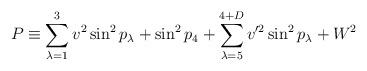
LaTeX: \begin{align*}P\equiv \sum_{\lambda=1}^{3}v^2\sin^2 p_{\lambda}+\sin^2 p_4 +\sum_{\lambda=5}^{4+D}v'^2\sin^2 p_{\lambda} + W^2\end{align*}